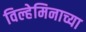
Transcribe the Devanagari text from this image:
विल्हेमिनाच्या